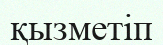
қызметіп